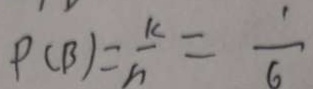
P ( B ) = \frac { k } { n } = \frac { 1 } { 6 }